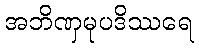
အဘိဏှမုပဒိဿရေ